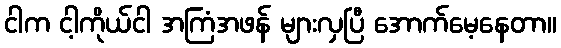
ငါက ငါ့ကိုယ်ငါ အကြံအဖန် များလှပြီ အောက်မေ့နေတာ။